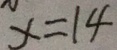
x = 1 4